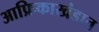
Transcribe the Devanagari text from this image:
आफ्रिकाखंडात